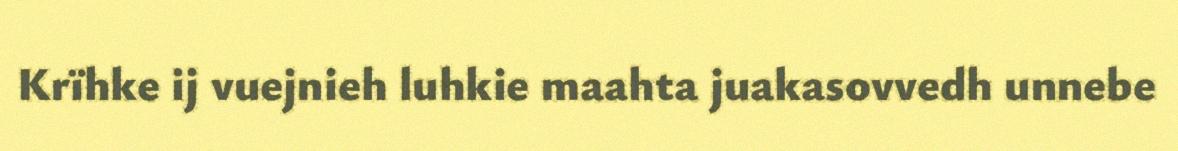
Krïhke ij vuejnieh luhkie maahta juakasovvedh unnebe